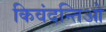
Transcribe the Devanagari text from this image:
किवंदन्तिओ